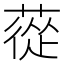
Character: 蓯